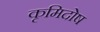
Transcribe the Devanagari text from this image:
कृमिदोष